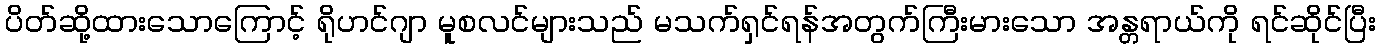
ပိတ်ဆို့ထားသောကြောင့် ရိုဟင်ဂျာ မူစလင်များသည် မသက်ရှင်ရန်အတွက်ကြီးမားသော အန္တရာယ်ကို ရင်ဆိုင်ပြီး